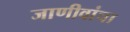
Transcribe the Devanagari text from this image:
जाणीवांचा